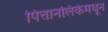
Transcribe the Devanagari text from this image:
पित्तानलिकेमधून